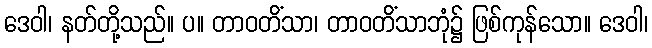
ဒေဝါ၊ နတ်တို့သည်။ ပ။ တာဝတိံသာ၊ တာဝတိံသာဘုံ၌ ဖြစ်ကုန်သော။ ဒေဝါ၊